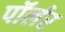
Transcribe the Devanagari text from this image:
पॉर्लर